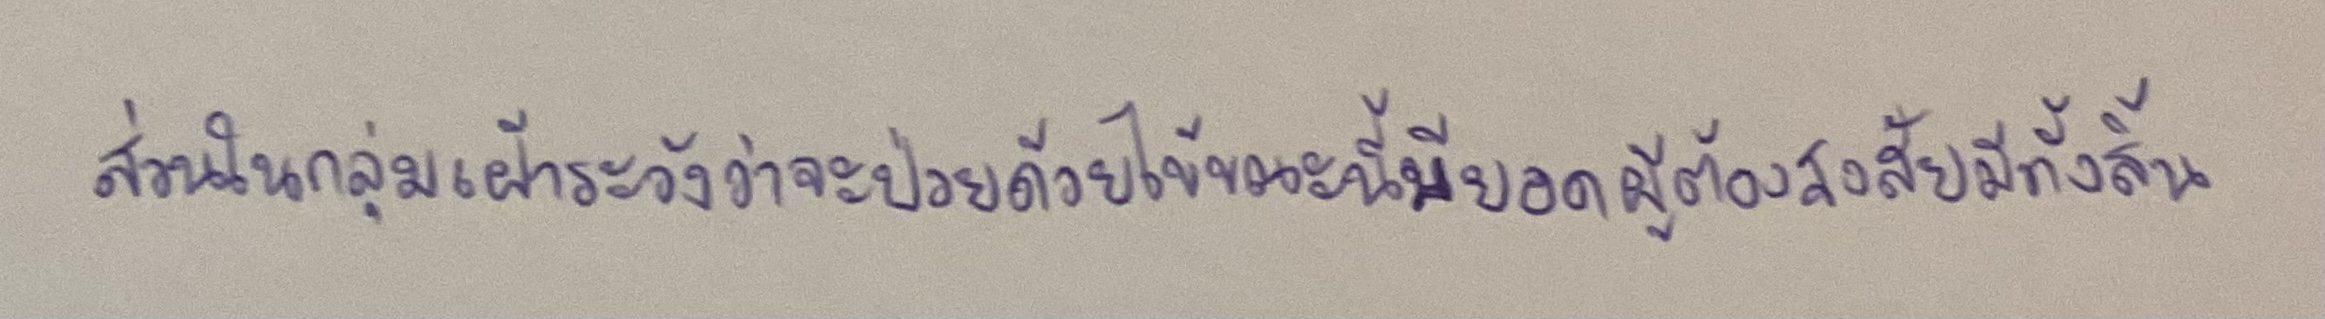
ส่วนในกลุ่มเฝ้าระวังว่าจะป่วยด้วยไข้ขณะนี้มียอดผู้ต้องสงสัยมีทั้งสิ้น